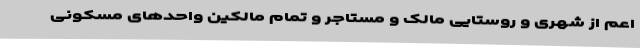
اعم از شهری و روستایی مالک و مستاجر و تمام مالکین واحد‌های مسکونی